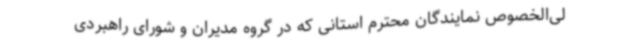
لی‌الخصوص نمایندگان محترم استانی که در گروه مدیران و شورای راهبردی